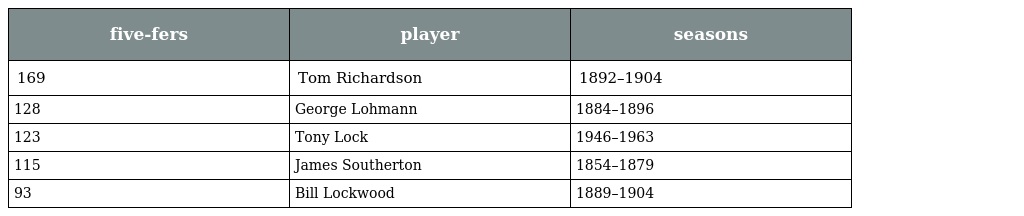
| five-fers | player | seasons |
 | --- | --- | --- |
 | 169 | Tom Richardson | 1892–1904 |
 | 128 | George Lohmann | 1884–1896 |
 | 123 | Tony Lock | 1946–1963 |
 | 115 | James Southerton | 1854–1879 |
 | 93 | Bill Lockwood | 1889–1904 |